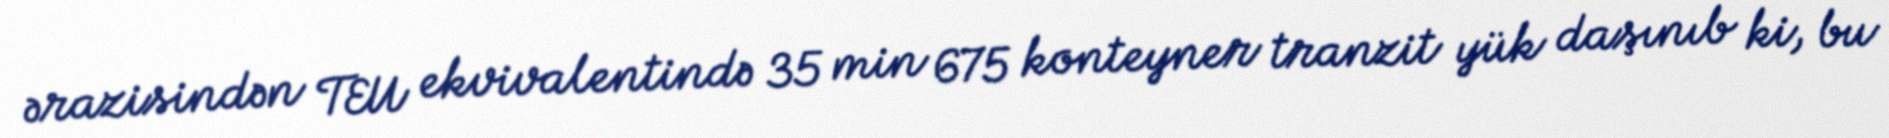
ərazisindən TEU ekvivalentində 35 min 675 konteyner tranzit yük daşınıb ki, bu